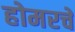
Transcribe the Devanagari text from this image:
होमरचे